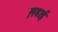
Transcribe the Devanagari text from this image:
ल़डाई